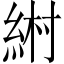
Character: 𦀹